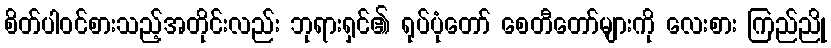
စိတ်ပါဝင်စားသည့်အတိုင်းလည်း ဘုရားရှင်၏ ရုပ်ပုံတော် စေတီတော်များကို လေးစား ကြည်ညို